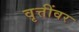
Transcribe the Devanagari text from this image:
वृत्तींवर